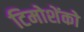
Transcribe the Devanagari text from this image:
टिमोशेंको